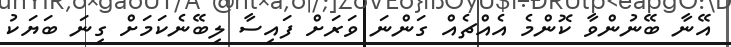
އޭނާ ބޭނުންވާ ކޮންމެ އެއްޗެއް ގަންނަ ވަރަށް ފައިސާ ލިބޭނެކަމަށް ގިނަ ބަޔަކު